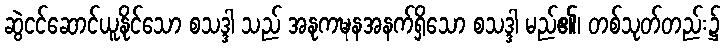
ဆွဲငင်ဆောင်ယူနိုင်သော စသဒ္ဒါ သည် အနုကဍ္ဎနအနက်ရှိသော စသဒ္ဒါ မည်၏၊ တစ်သုတ်တည်း၌